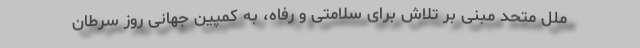
ملل متحد مبنی بر تلاش برای سلامتی و رفاه، به کمپین جهانی روز سرطان